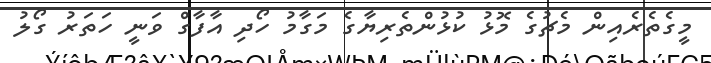
މީގެތެރެއިން މެޗުގެ މޮޅު ކުޅުންތެރިޔާގެ މަގާމު ހޯދި އާފާގް ވަނީ ހަތަރު ގޯލު